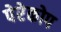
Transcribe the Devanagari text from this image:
पेरेकोप